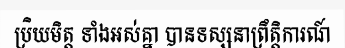
ប្រិយមិត្ត ទាំងអស់គ្នា បានទស្សនាព្រឹត្តិការណ៍